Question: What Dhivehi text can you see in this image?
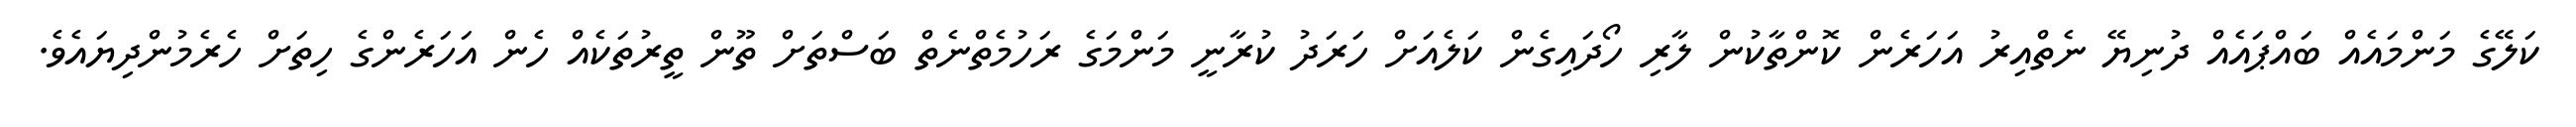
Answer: ކަލޭގެ މަންމައެއް ބައްޕައެއް ދުނިޔޭ ނެތްއިރު އަހަރެން ކޮންތާކުން ލާރި ހޯދައިގެން ކަލެއަށް ހަރަދު ކުރާނީ މަންމަގެ ރަހުމެތްނެތް ބަސްތަށް ތޫން ތީރުތަކެއް ހެން އަހަރެންގެ ހިތަށް ހެރެމުންދިޔައެވެ.